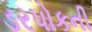
ડરપોકની